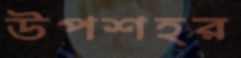
উপশহর